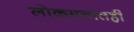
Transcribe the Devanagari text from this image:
लोकमतातही